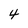
Character: 4